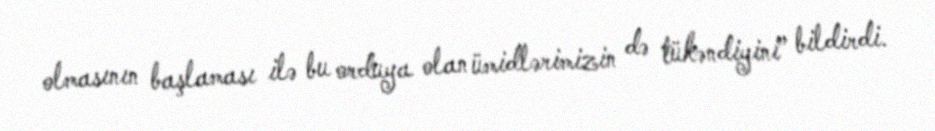
olmasının başlaması ilə bu orduya olan ümidlərimizin də tükəndiyini” bildirdi.